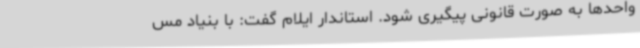
واحدها به صورت قانونی پیگیری شود. استاندار ایلام گفت: با بنیاد مس